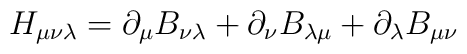
H_{\mu\nu\lambda}=\partial_{\mu}B_{\nu\lambda}+\partial_{\nu}B_{\lambda\mu}+\partial_{\lambda}B_{\mu\nu}